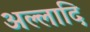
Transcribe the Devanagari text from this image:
अल्लादि